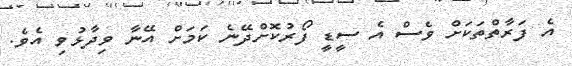
އެ ފަރާތްތަކަށް ވެސް އެ ސީޑީ ފޯރުކޮށްދޭނެ ކަމަށް އޭނާ ވިދާޅުވި އެވެ.